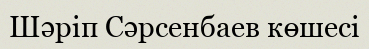
Шәріп Сәрсенбаев көшесі